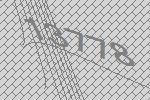
13778